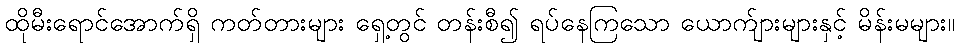
ထိုမီးရောင်အောက်ရှိ ကတ်တားများ ရှေ့တွင် တန်းစီ၍ ရပ်နေကြသော ယောက်ျားများနှင့် မိန်းမများ။